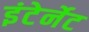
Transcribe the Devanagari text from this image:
इंटेर्नेट